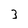
Character: 3